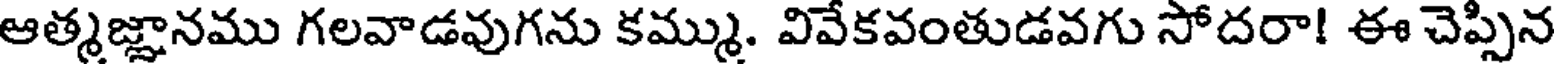
ఆత్మజ్ఞానము గలవాడవుగను కమ్ము. వివేకవంతుడవగు సోదరా! ఈ చెప్పిన